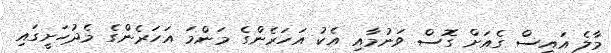
މާލެ އައިސް ގެއަށް ގޮސް ވަނުމާއި އެކު އަހަރެންގެ މަންމަ އަހަރެންގެ މެދުހަށީގައި